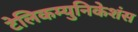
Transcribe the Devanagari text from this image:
टेलिकम्युनिकेशंस